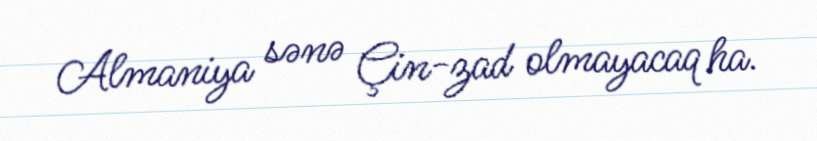
Almaniya sənə Çin-zad olmayacaq ha.